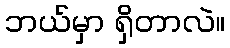
ဘယ်မှာ ရှိတာလဲ။